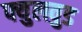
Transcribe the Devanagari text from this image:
फ्युलवुड